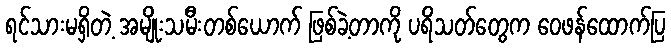
ရင်သားမရှိတဲ့ အမျိုးသမီးတစ်ယောက် ဖြစ်ခဲ့တာကို ပရိသတ်တွေက ဝေဖန်ထောက်ပြ